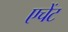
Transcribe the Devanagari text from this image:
एचेंट